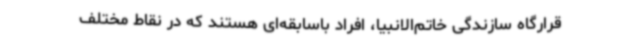
قرارگاه سازندگی خاتم‌الانبیا، افراد باسابقه‌ای هستند که در نقاط مختلف